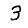
Digit: 3